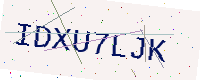
Text: IDXU7LJK